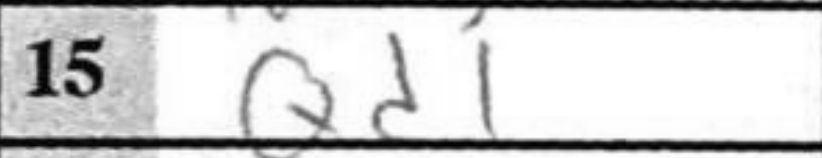
Transcription: Qd1